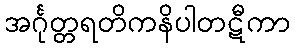
အင်္ဂုတ္တရတိကနိပါတဋီကာ